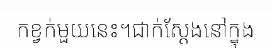
កខ្វក់មួយនេះ។ជាក់ស្តែងនៅក្នុង